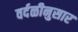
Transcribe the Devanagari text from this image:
वर्दळीनुसार